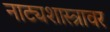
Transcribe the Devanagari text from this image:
नाट्यशास्त्रावर